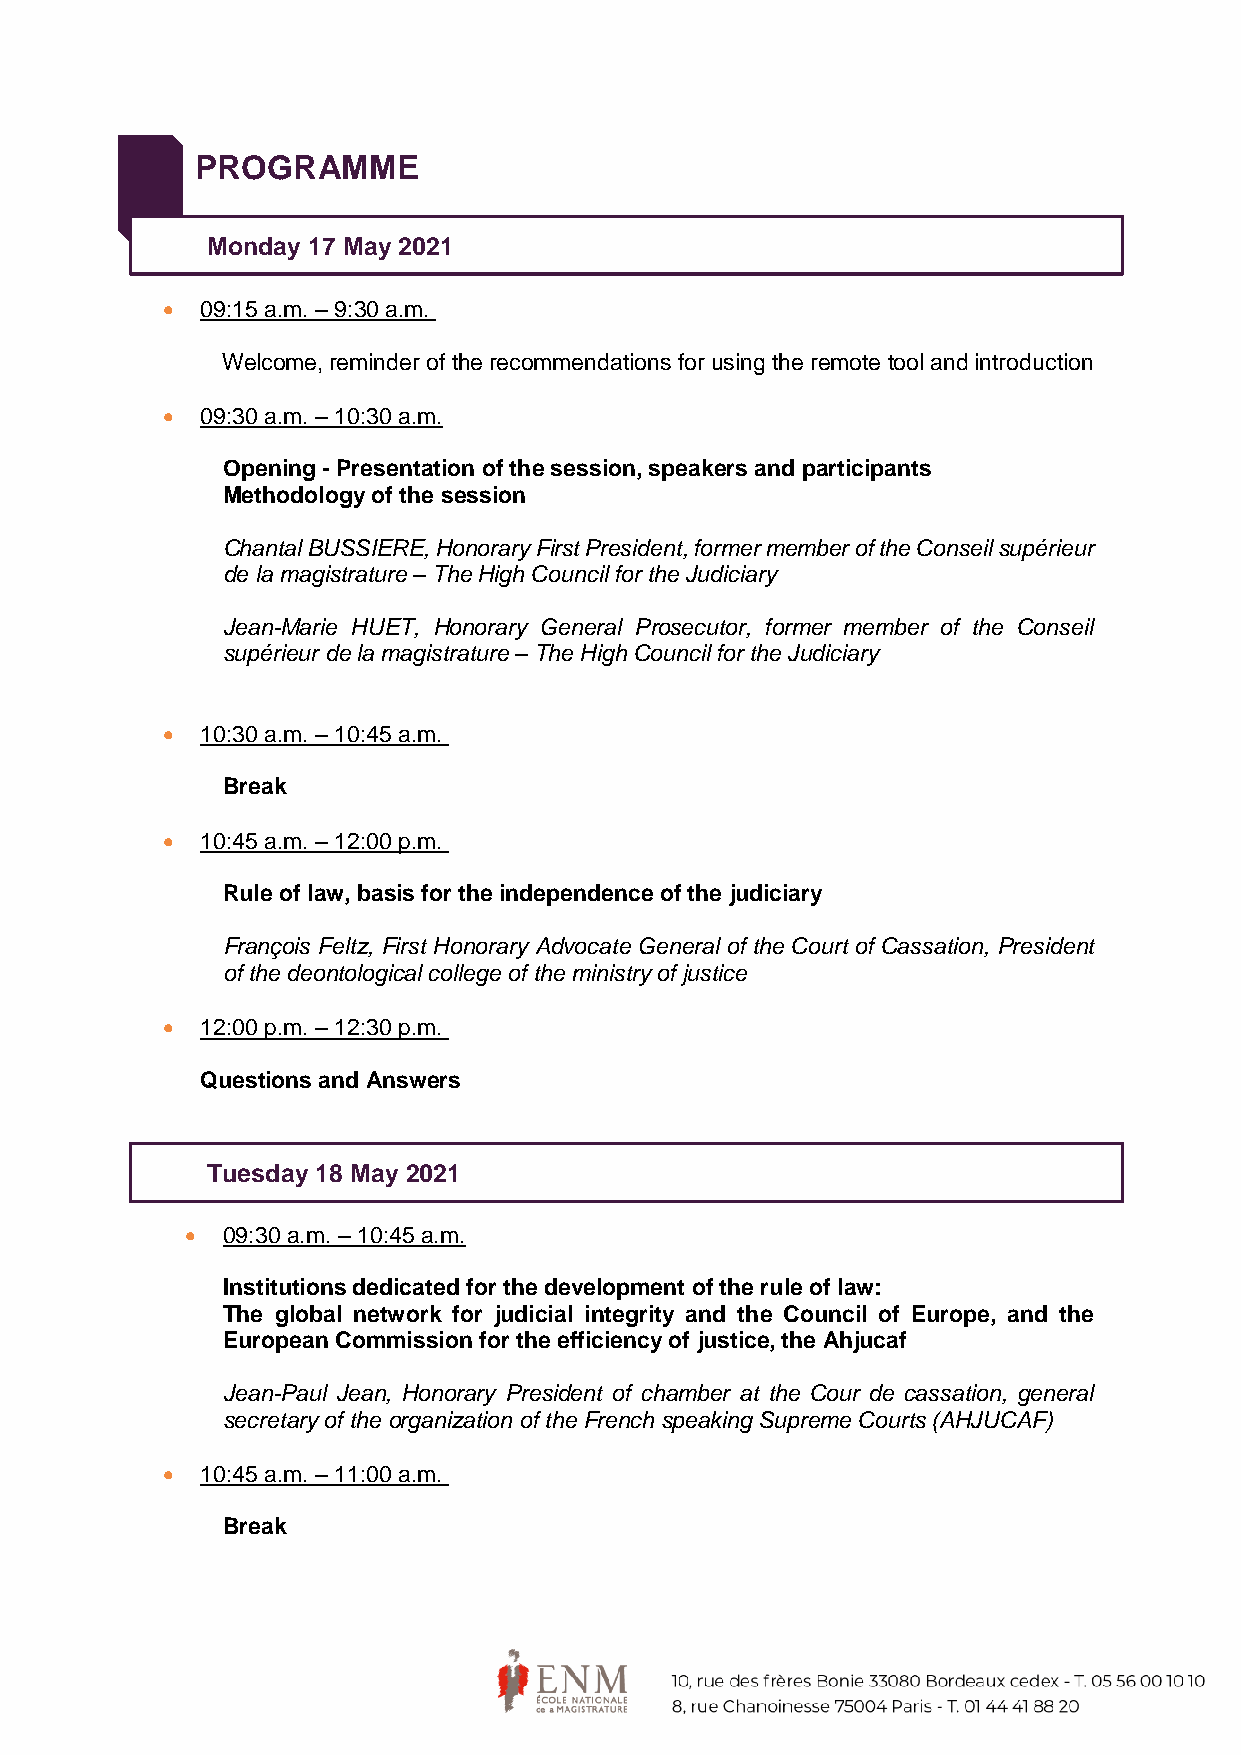
PROGRAMME
 Monday 17 May 2021
  09:15 a.m. – 9:30 a.m.
 Welcome, reminder of the recommendations for using the remote tool and introduction
  09:30 a.m. – 10:30 a.m.
 Opening - Presentation of the session, speakers and participants
 Methodology of the session
 Chantal BUSSIERE, Honorary First President, former member of the Conseil supérieur
 de la magistrature – The High Council for the Judiciary
 Jean-Marie HUET, Honorary General Prosecutor, former member of the Conseil
 supérieur de la magistrature – The High Council for the Judiciary
  10:30 a.m. – 10:45 a.m.
 Break
  10:45 a.m. – 12:00 p.m.
 Rule of law, basis for the independence of the judiciary
 François Feltz, First Honorary Advocate General of the Court of Cassation, President
 of the deontological college of the ministry of justice
  12:00 p.m. – 12:30 p.m.
 Questions and Answers
 Tuesday 18 May 2021
   09:30 a.m. – 10:45 a.m.
 Institutions dedicated for the development of the rule of law:
 The global network for judicial integrity and the Council of Europe, and the
 European Commission for the efficiency of justice, the Ahjucaf
 Jean-Paul Jean, Honorary President of chamber at the Cour de cassation, general
 secretary of the organization of the French speaking Supreme Courts (AHJUCAF)
  10:45 a.m. – 11:00 a.m.
 Break